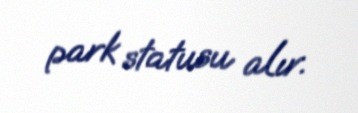
park statusu alır.